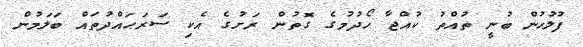
ފުލުހުން ބުނީ ތުއްތު ކުއްޖާ ހޯދުމުގެ ގޮތުން ރަށުގެ އެކި ސަރަޙައްދުތައް ބަލަމުން